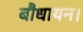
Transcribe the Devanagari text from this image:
बौधायन।